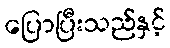
ပြောပြီးသည်နှင့်